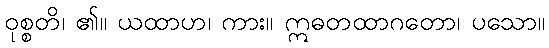
ဝုစ္စတိ၊ ၏။ ယထာဟ၊ ကား။ ဣဓတထာဂတော၊ ပသော။